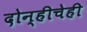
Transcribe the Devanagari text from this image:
दोन्हीचेही